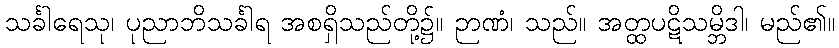
သင်္ခါရေသု၊ ပုညာဘိသင်္ခါရ အစရှိသည်တို့၌။ ဉာဏံ၊ သည်။ အတ္ထပဋိသမ္ဘိဒါ၊ မည်၏။